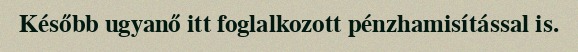
Később ugyanő itt foglalkozott pénzhamisítással is.